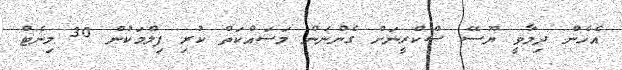
އެހެން ދިމާވީ ޔޫސޭ ސްކްރީނަށް ގެންނަން މަސައްކަތް ކުރި ފިލްމަކުން 30 މިނެޓް